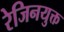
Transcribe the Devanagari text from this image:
रेजिनयुक्त